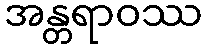
အန္တရာဝဿ